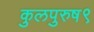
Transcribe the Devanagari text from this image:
कुलपुरुष९